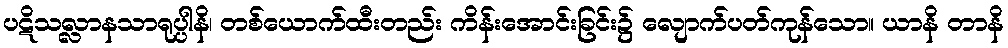
ပဋိသလ္လာနသာရုပ္ပါနိ၊ တစ်ယောက်ထီးတည်း ကိန်းအောင်းခြင်း၌ လျောက်ပတ်ကုန်သော။ ယာနိ တာနိ